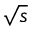
\sqrt { s }